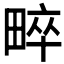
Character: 𤲠